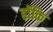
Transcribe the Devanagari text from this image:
हॉकि